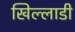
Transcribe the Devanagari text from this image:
खिल्लाडी